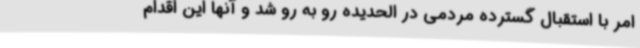
امر با استقبال گسترده مردمی در الحدیده رو به رو شد و آنها این اقدام